Vaccination North-Western Provinces and Oudh 1878-1895 - 1878-1895
Year: 1878
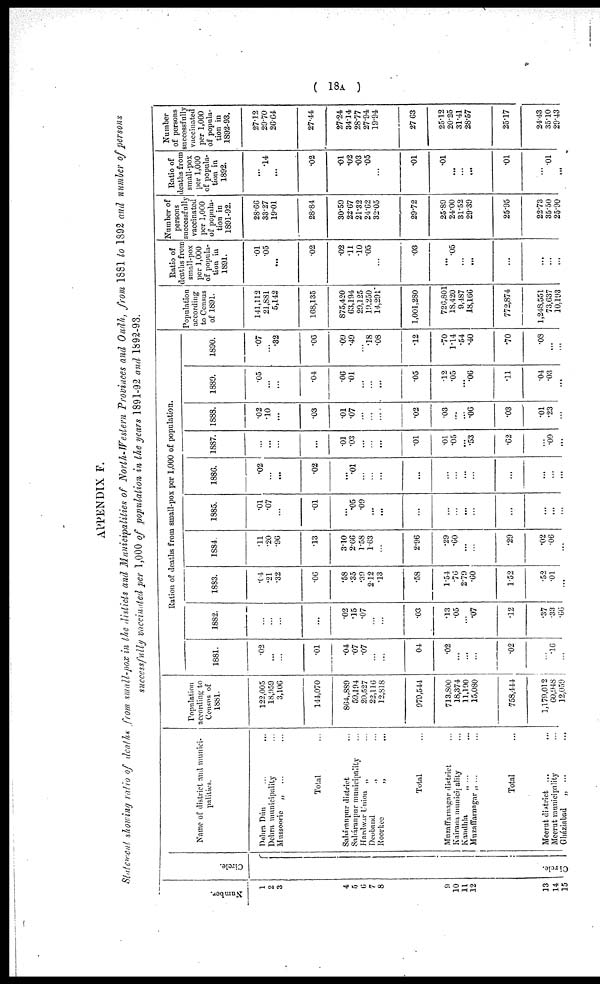
( 18A )
APPENDIX F.
Statement showing ratio of deaths from small-pox in the disticts and Municipalities of North-Western Provinces and Oudh, from 1881 to 1892 and number of persons
successfully vaccinated per 1,000 of population in the years 1891-92 and 1892-93.
Number.
1
2
3
4
5
6
7
8
9
10
11
12
13
14
15
Circle.
Circle.
Name of district and munici-
palities.
Dehra Dún
...
...
Dehra municipality ...
Mussooric „ ... ...
Total ...
Saháranpur district ...
Saháranpur municipality ...
Hardwar Union „ ...
Deoband „ ...
Roorkee
„
...
Total ...
Muzaffarnagar district ...
Kairana municipality ...
Kandhla
„
...
Muzaffarnngar „ ...
Total ...
Meerut district ...
Meerut municipality ...
Gháziabad
„ ... ...
Population
according to
Census of
1881.
122,005
18,959
3,106
144,070
864,889
59,194
20,527
22,116
12,818
979,544
713,800
18,374
11,190
15,080
758,444
1,179,012
60,943
12,059
Ration of deaths from small-pox per 1,000 of population.
1881.
.02
...
...
.01
.04
.07
.07
...
...
04
.02
...
...
...
.02
...
.16
...
1882.
...
...
...
...
.02
.15
.07
...
...
.03
.13
.05
...
.07
.12
.37
.33
.66
1883.
.04
.21
.32
.06
.58
.35
.39
2.12
.13
.58
1.54
.70
2.79
.60
1.52
.52
.01
...
1884
.11
.20
.96
.13
3.10
2.66
1.58
1.63
...
2.96
.29
.60
...
...
.29
.02
.06
...
1885.
.01
.07
...
.01
...
.05
.09
...
...
...
...
...
...
...
...
...
...
...
1886.
.02
...
...
.02
...
.01
...
...
...
...
...
...
...
...
...
...
...
...
1887.
...
...
...
...
.01
.03
...
...
...
.01
.01
.05
...
.53
.62
...
.09
...
1888.
.02
.10
...
.03
.01
.07
...
...
...
.02
.03
...
...
.06
.03
.01
.23
...
1889.
.05
...
...
.04
.06
.01
...
...
...
.05
.12
.05
...
.06
.11
.04
.03
...
1890.
.07
...
.32
.06
.09
.49
...
.18
.08
.12
.70
1.14
.54
.40
.70
.08
...
...
Population
according
to Census
of 1891.
141,112
21,881
5,142
168,135
875,420
63,194
29,125
19,250
14,291
1,001,280
726,801
18,420
9,487
18,166
772,874
1,248,551
73,637
10,193
Ratio of
deaths from
small-pox
per 1,000
of popula-
tion in
1891.
.01
.05
...
.02
.02
.11
.10
.05
...
.03
...
.05
...
..
...
...
...
...
Number of
persons
successfully
vaccinated
per 1,000
of popula-
tion in
1891-92.
28.66
33.27
19.01
28.84
30.59
22.67
21.32
24.62
32.05
29.72
25.89
24.00
31.52
29.39
25.95
22.73
35.50
25.90
Ratio of
deaths from
small-pox
per 1,000
of popula-
tion in
1892.
...
.14
...
.02
.01
.02
.03
.05
...
.01
.01
...
...
...
.01
...
.01
...
Number
of persons
successfully
vaccinated
per 1,000
of popula-
tion in
1892-93.
27.12
29.70
26.64
27.44
27.24
34.14
28.77
27.94
19.94
27.63
25.12
20.25
31.41
28.57
25.17
24.43
35.10
29.43